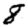
Digit: 8